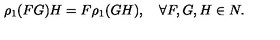
\rho _ { 1 } ( F G ) H = F \rho _ { 1 } ( G H ) , \quad \forall F , G , H \in N .